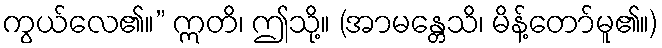
ကွယ်လေ၏။” ဣတိ၊ ဤသို့။ (အာမန္တေသိ၊ မိန့်တော်မူ၏။)